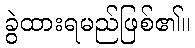
ခွဲထားရမည်ဖြစ်၏။